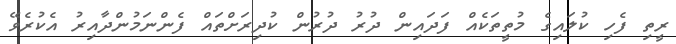
ރީތި ފެހި ކުލައިގެ މުތީތަކެއް ފަދައިން ދުރު ދުރުން ކުދިރަށްތައް ފެންނަމުންދާއިރު އެކުރެވޭ